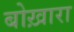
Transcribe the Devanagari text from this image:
बोख़ारा